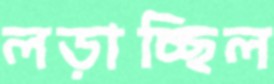
লড়াচ্ছিল